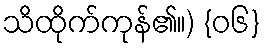
သိထိုက်ကုန်၏။) {၀၆}